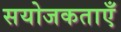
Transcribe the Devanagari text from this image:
सयोजकताएँ